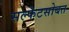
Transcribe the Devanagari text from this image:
सल्फेटसोबत